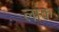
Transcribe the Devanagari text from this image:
लांक